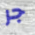
جر